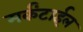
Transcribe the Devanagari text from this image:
मर्कंटाईल